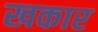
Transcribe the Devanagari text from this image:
खकार